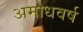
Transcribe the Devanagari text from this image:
अमोधवर्ष